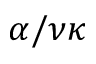
\alpha / \nu \kappa